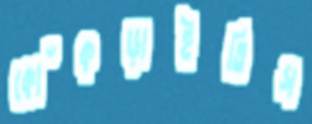
কোঁকড়াইতিস